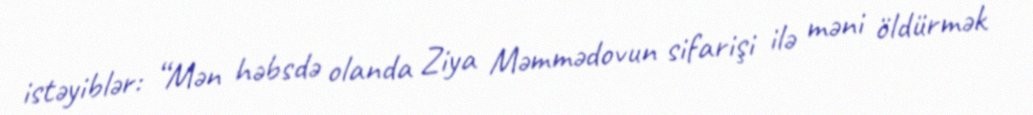
istəyiblər: “Mən həbsdə olanda Ziya Məmmədovun sifarişi ilə məni öldürmək